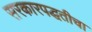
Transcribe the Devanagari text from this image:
सरकारपद्धतीचा